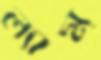
ল্যাম্